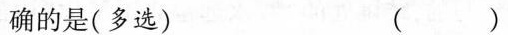
确的是(多选) ()